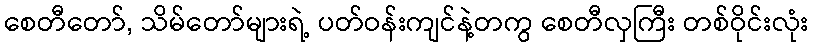
စေတီတော်, သိမ်တော်များရဲ့ ပတ်ဝန်းကျင်နဲ့တကွ စေတီလှကြီး တစ်ဝိုင်းလုံး